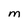
Character: M